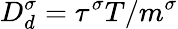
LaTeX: D_{d}^{\sigma}=\tau^{\sigma}T/m^{\sigma}